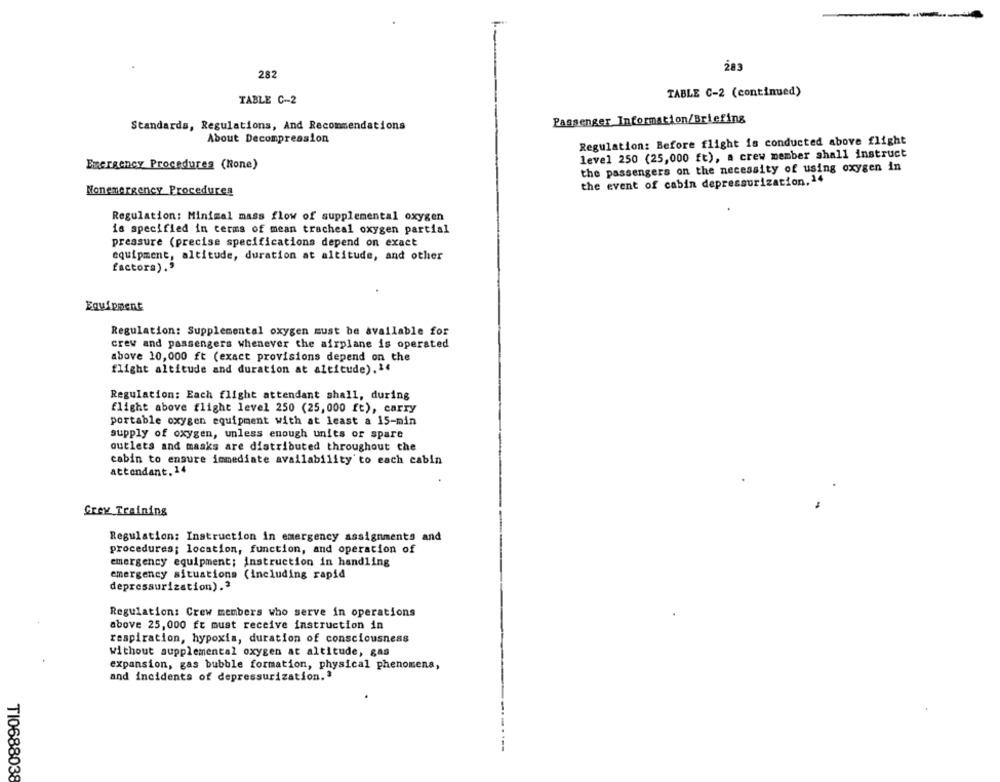
283
282
TABLE C-2 (continued)
TABLE C -- 2
Standards, Regulations, And Recommendations
Passenger Information/Briefing
About Decompression
Regulation: Before flight is conducted above flight
level 250 (25,000 ft), a crew member shall instruct
Emergency Procedures (Rone)
the passengers on the necessity of using oxygen in
the event of cabin depressurization, 14
Nonemergency Procedures
Regulation: Minimal mass flow of supplemental oxygen
is specified in terms of mean tracheal oxygen partial
pressure (precise specifications depend on exact
equipment, altitude, duration at altitude, and other
factors).
Equipment
Regulation: Supplemental oxygen must be available for
crew and passengers whenever the airplane is operated
above 10,000 ft (exact provisions depend on the
flight altitude and duration at altitude).14
Regulation: Each flight attendant shall, during
flight above flight level 250 (25,000 ft), carry
portable oxygen equipment with at least a 15-min
supply of oxygen, unless enough units or spare
outlets and masks are distributed throughout the
cabin to ensure immediate availability' to each cabin
attendant. 14
Grey Training
Regulation: Instruction in emergency assignments and
procedures; location, function, and operation of
emergency equipment; instruction in handling
emergency situations (including rapid
depressurization).3
Regulation: Crew members who serve in operations
above 25, 000 ft must receive instruction in
respiration, hypoxia, duration of consciousness
without supplemental oxygen at altitude, gas
expansion, gas bubble formation, physical phenomena,
and incidents of depressurization."
TI0688038